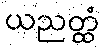
ယညတ္ထံ